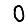
Digit: 0